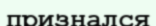
признался